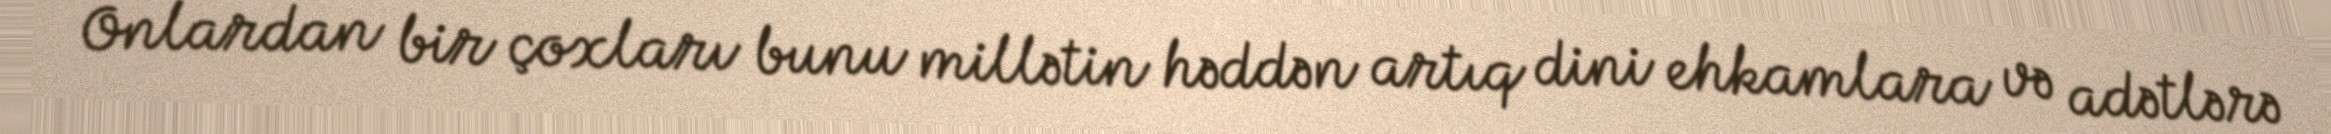
Onlardan bir çoxları bunu millətin həddən artıq dini ehkamlara və adətlərə